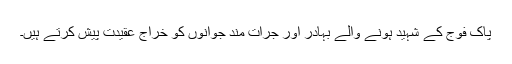
پاک فوج کے شہید ہونے والے بہادر اور جرات مند جوانوں کو خراج عقیدت پیش کرتے ہیں۔